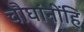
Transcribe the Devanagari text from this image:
चौघांनींहि